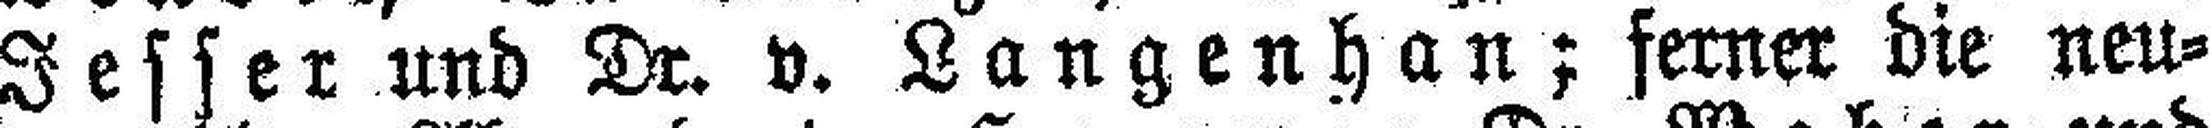
Jesser und Dr. v. Langenhan; ferner die neu¬